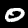
Digit: 0